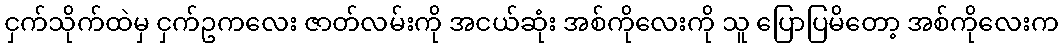
ငှက်သိုက်ထဲမှ ငှက်ဥကလေး ဇာတ်လမ်းကို အငယ်ဆုံး အစ်ကိုလေးကို သူ ပြောပြမိတော့ အစ်ကိုလေးက